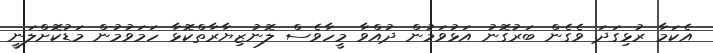
އެކަމާ ރުޅިގަދަ ވެގެން ބަރުގޮނު އަޅުވަމުން ދުއްވާ މީހާވެސް ލޮނުޒިޔާރާތްކޮޅާ ހަމަވުމުން މަޑުކޮށްލަނީ